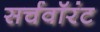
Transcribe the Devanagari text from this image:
सर्चवॉरंट